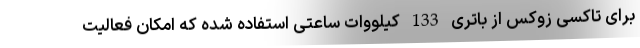
برای تاکسی زوکس از باتری 133 کیلووات ساعتی استفاده شده که امکان فعالیت